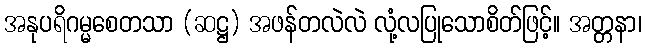
အနုပရိဂမ္မစေတသာ (ဆဋ္ဌ) အဖန်တလဲလဲ လုံ့လပြုသောစိတ်ဖြင့်။ အတ္တနာ၊